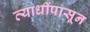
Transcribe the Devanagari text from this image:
व्याधींपासून